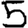
Digit: 5